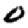
Digit: 0